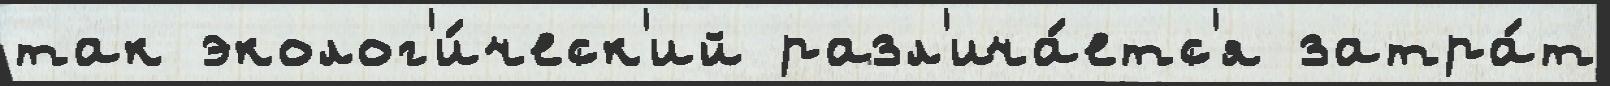
так эколог'и́ческ'ий разл'ича́етс'я затра́т